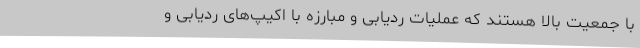
با جمعیت بالا هستند که عملیات ردیابی و مبارزه با اکیپ‌های ردیابی و